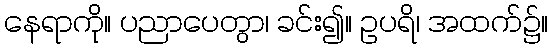
နေရာကို။ ပညာပေတွာ၊ ခင်း၍။ ဥပရိ၊ အထက်၌။